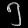
Digit: ၅